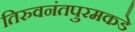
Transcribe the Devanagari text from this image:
तिरुवनंतपुरमकडे